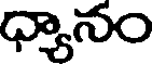
ధ్యానం